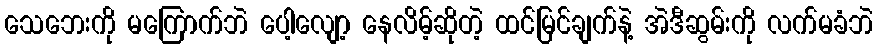
သေဘေးကို မကြောက်ဘဲ ပေါ့လျော့ နေလိမ့်ဆိုတဲ့ ထင်မြင်ချက်နဲ့ အဲဒီဆွမ်းကို လက်မခံဘဲ